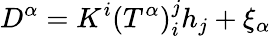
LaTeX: D^{\alpha}=K^{i}(T^{\alpha})_{i}^{j}h_{j}+\xi_{\alpha}